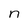
Character: n